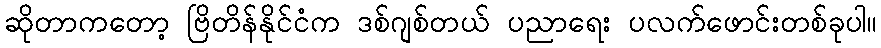
ဆိုတာကတော့ ဗြိတိန်နိုင်ငံက ဒစ်ဂျစ်တယ် ပညာရေး ပလက်ဖောင်းတစ်ခုပါ။